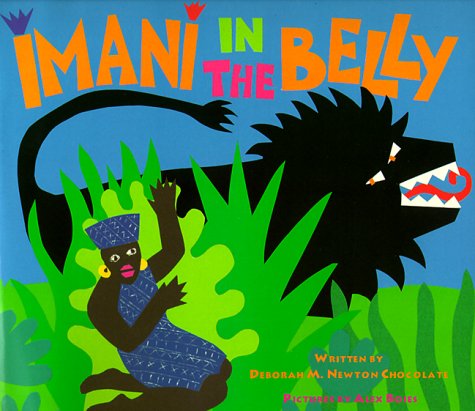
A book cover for Imani In The Belly; Chocolate; Children's Books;